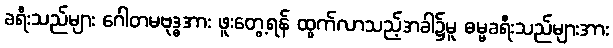
ခရီးသည်များ ဂေါတမဗုဒ္ဓအား ဖူးတွေ့ရန် ထွက်လာသည့်အခါ၌မူ ဓမ္မခရီးသည်များအား